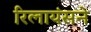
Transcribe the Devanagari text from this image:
रिलायंसने